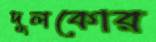
দুলকোর